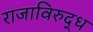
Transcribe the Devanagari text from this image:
राजाविरुद्ध